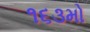
૧૬૩મો